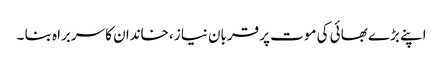
اپنے بڑے بھائی کی موت پر قربان نیاز ،خاندان کا سربراہ بنا ۔